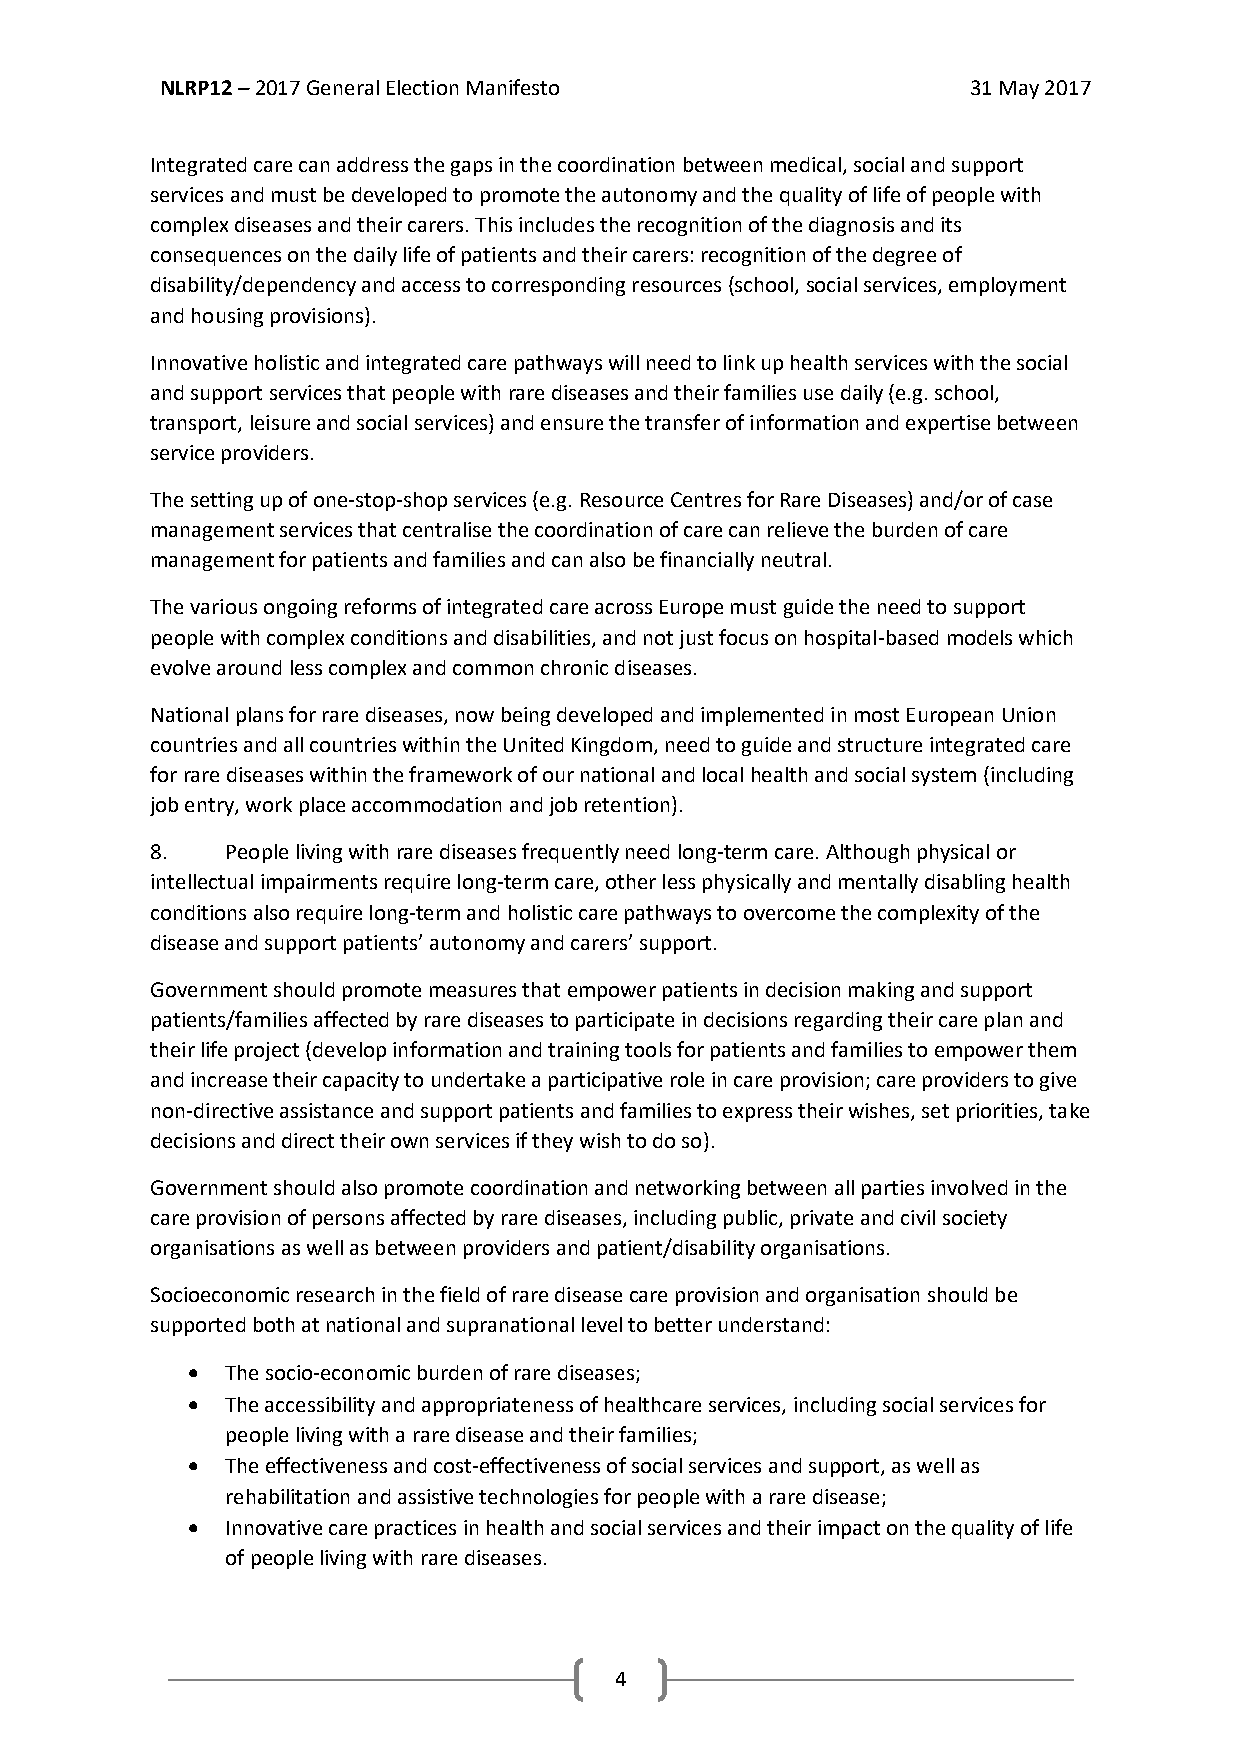
NLRP12 – 2017 General Election Manifesto             31 May 2017
 Integrated care can address the gaps in the coordination between medical, social and support
 services and must be developed to promote the autonomy and the quality of life of people with
 complex diseases and their carers. This includes the recognition of the diagnosis and its
 consequences on the daily life of patients and their carers: recognition of the degree of
 disability/dependency and access to corresponding resources (school, social services, employment
 and housing provisions).
 Innovative holistic and integrated care pathways will need to link up health services with the social
 and support services that people with rare diseases and their families use daily (e.g. school,
 transport, leisure and social services) and ensure the transfer of information and expertise between
 service providers.
 The setting up of one-stop-shop services (e.g. Resource Centres for Rare Diseases) and/or of case
 management services that centralise the coordination of care can relieve the burden of care
 management for patients and families and can also be financially neutral.
 The various ongoing reforms of integrated care across Europe must guide the need to support
 people with complex conditions and disabilities, and not just focus on hospital-based models which
 evolve around less complex and common chronic diseases.
 National plans for rare diseases, now being developed and implemented in most European Union
 countries and all countries within the United Kingdom, need to guide and structure integrated care
 for rare diseases within the framework of our national and local health and social system (including
 job entry, work place accommodation and job retention).
 8.   People living with rare diseases frequently need long-term care. Although physical or
 intellectual impairments require long-term care, other less physically and mentally disabling health
 conditions also require long-term and holistic care pathways to overcome the complexity of the
 disease and support patients’ autonomy and carers’ support.
 Government should promote measures that empower patients in decision making and support
 patients/families affected by rare diseases to participate in decisions regarding their care plan and
 their life project (develop information and training tools for patients and families to empower them
 and increase their capacity to undertake a participative role in care provision; care providers to give
 non-directive assistance and support patients and families to express their wishes, set priorities, take
 decisions and direct their own services if they wish to do so).
 Government should also promote coordination and networking between all parties involved in the
 care provision of persons affected by rare diseases, including public, private and civil society
 organisations as well as between providers and patient/disability organisations.
 Socioeconomic research in the field of rare disease care provision and organisation should be
 supported both at national and supranational level to better understand:
   The socio-economic burden of rare diseases;
   The accessibility and appropriateness of healthcare services, including social services for
 people living with a rare disease and their families;
   The effectiveness and cost-effectiveness of social services and support, as well as
 rehabilitation and assistive technologies for people with a rare disease;
   Innovative care practices in health and social services and their impact on the quality of life
 of people living with rare diseases.
 4